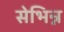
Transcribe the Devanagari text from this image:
सेभिन्न